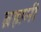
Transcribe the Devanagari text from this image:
ब्रह्ममी